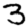
Digit: 3